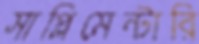
সাপ্লিমেন্টারি